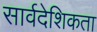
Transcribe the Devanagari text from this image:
सार्वदेशिकता